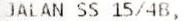
JALAN SS 15/4B,